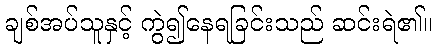
ချစ်အပ်သူနှင့် ကွဲ၍နေရခြင်းသည် ဆင်းရဲ၏။